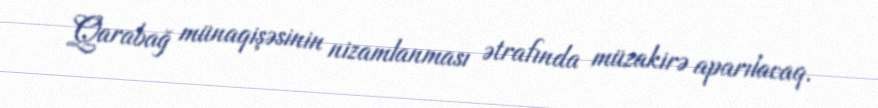
Qarabağ münaqişəsinin nizamlanması ətrafında müzakirə aparılacaq.